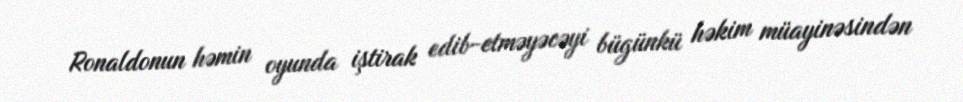
Ronaldonun həmin oyunda iştirak edib-etməyəcəyi bügünkü həkim müayinəsindən